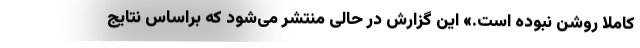
کاملا روشن نبوده است.» این گزارش در حالی منتشر می‌شود که براساس نتایج